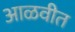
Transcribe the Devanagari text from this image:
आळवीत